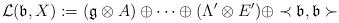
LaTeX: \begin{align*}\mathcal{L}(\mathfrak{b},X):=(\mathfrak{g}\otimes A)\oplus\cdots\oplus(\Lambda'\otimes E')\oplus\prec\mathfrak{b},\mathfrak{b}\succ\end{align*}